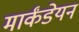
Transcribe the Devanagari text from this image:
मार्कंडेयन